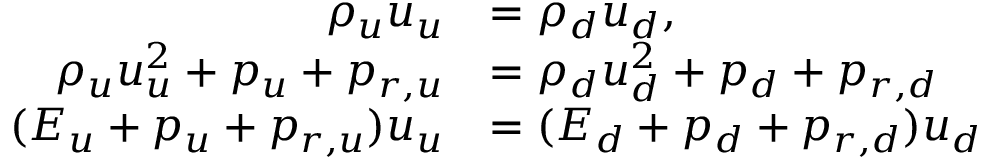
\begin{array} { r l } { \rho _ { u } u _ { u } } & { = \rho _ { d } u _ { d } , } \\ { \rho _ { u } u _ { u } ^ { 2 } + p _ { u } + p _ { r , u } } & { = \rho _ { d } u _ { d } ^ { 2 } + p _ { d } + p _ { r , d } } \\ { ( E _ { u } + p _ { u } + p _ { r , u } ) u _ { u } } & { = ( E _ { d } + p _ { d } + p _ { r , d } ) u _ { d } } \end{array}